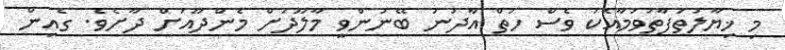
މި ޚިޔާލުތަފާތުވުމާއެކު ވެސް ހުތް އާދަނު ބޭނުންވީ މާލޫދަށް މެންދޫއަށް ދާށެވެ. ގެއިން